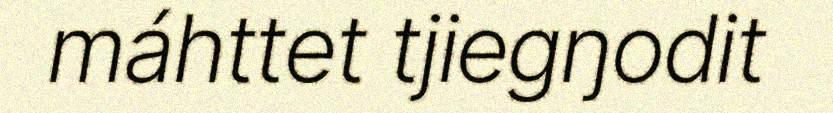
máhttet tjiegŋodit